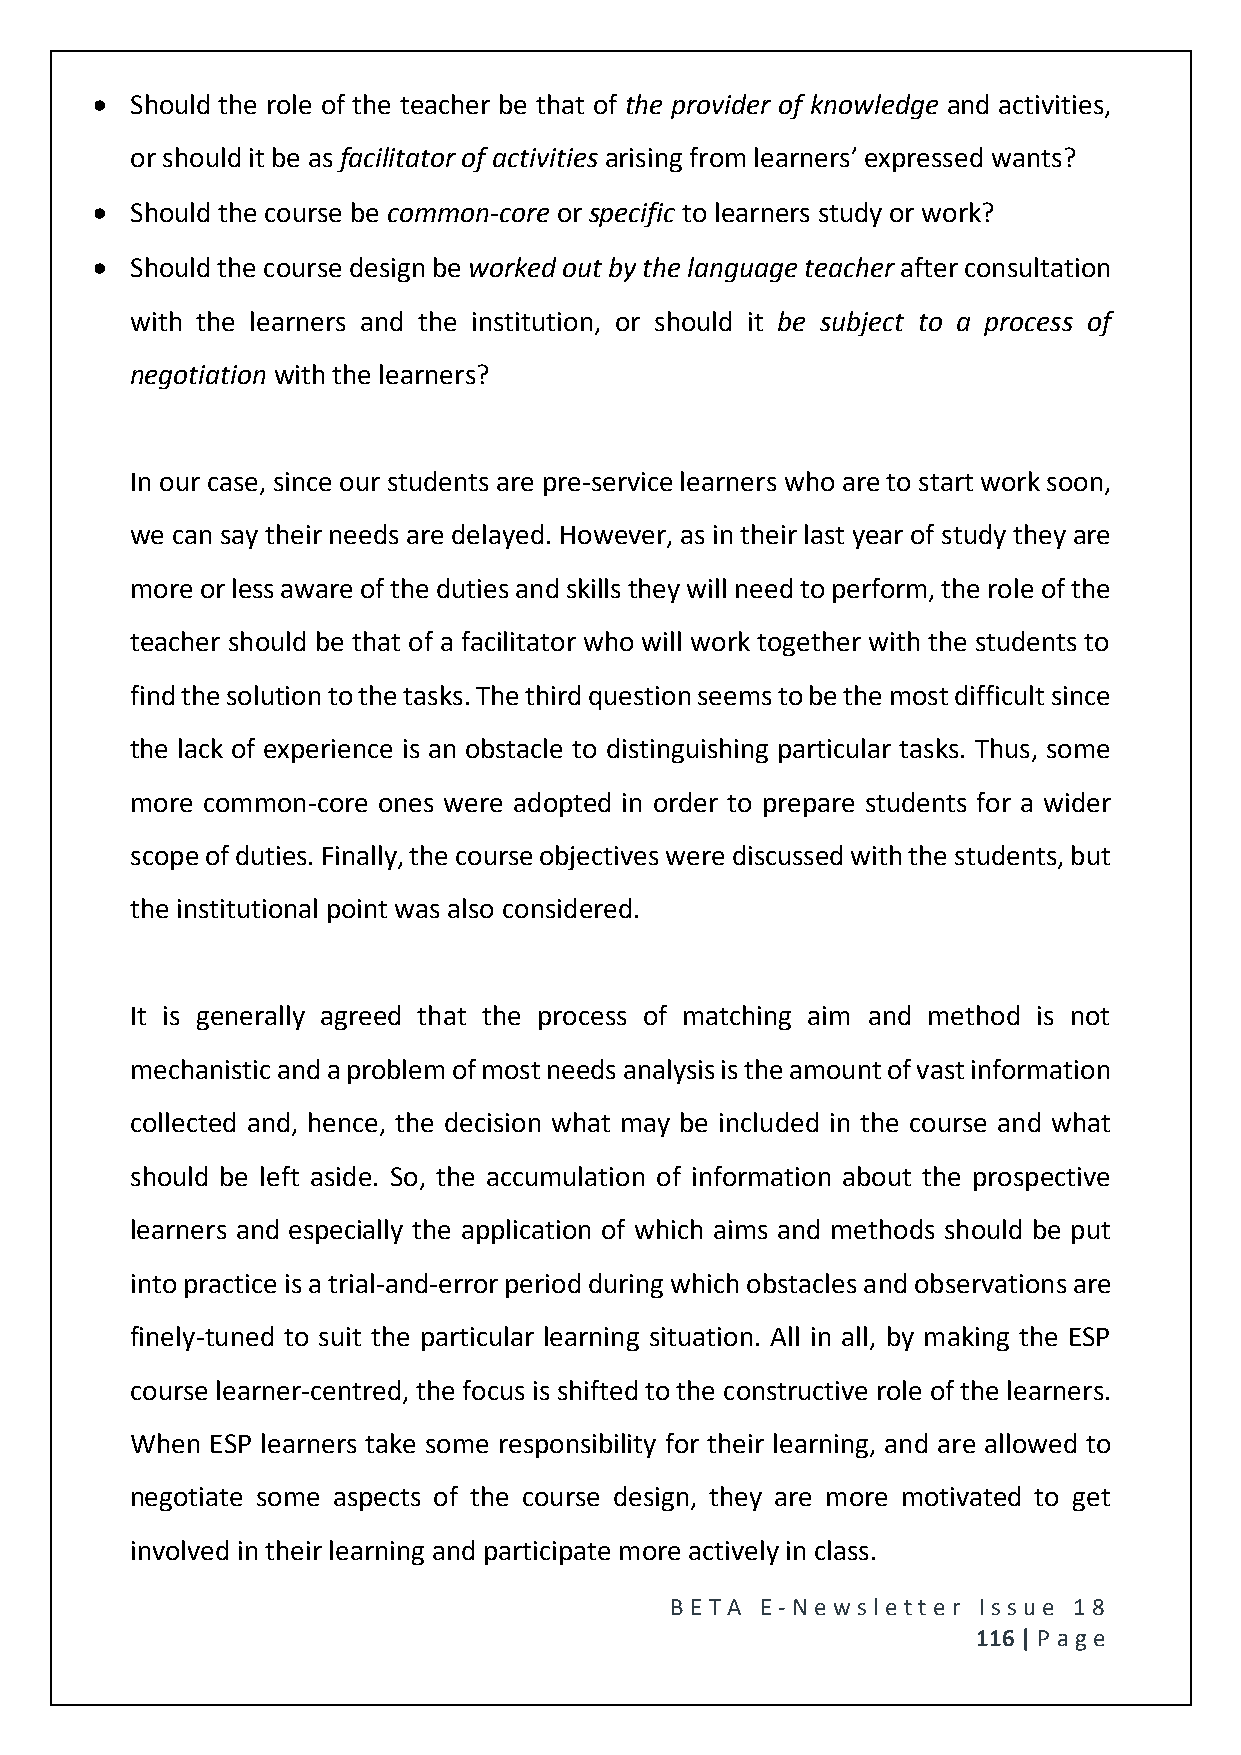
  Should the role of the teacher be that of the provider of knowledge and activities,
 or should it be as facilitator of activities arising from learners’ expressed wants?
   Should the course be common-core or specific to learners study or work?
   Should the course design be worked out by the language teacher after consultation
 with the learners and the institution, or should it be subject to a process of
 negotiation with the learners?
 In our case, since our students are pre-service learners who are to start work soon,
 we can say their needs are delayed. However, as in their last year of study they are
 more or less aware of the duties and skills they will need to perform, the role of the
 teacher should be that of a facilitator who will work together with the students to
 find the solution to the tasks. The third question seems to be the most difficult since
 the lack of experience is an obstacle to distinguishing particular tasks. Thus, some
 more common-core ones were adopted in order to prepare students for a wider
 scope of duties. Finally, the course objectives were discussed with the students, but
 the institutional point was also considered.
 It is generally agreed that the process of matching aim and method is not
 mechanistic and a problem of most needs analysis is the amount of vast information
 collected and, hence, the decision what may be included in the course and what
 should be left aside. So, the accumulation of information about the prospective
 learners and especially the application of which aims and methods should be put
 into practice is a trial-and-error period during which obstacles and observations are
 finely-tuned to suit the particular learning situation. All in all, by making the ESP
 course learner-centred, the focus is shifted to the constructive role of the learners.
 When ESP learners take some responsibility for their learning, and are allowed to
 negotiate some aspects of the course design, they are more motivated to get
 involved in their learning and participate more actively in class.
 BE T A E -N e wsle tt e r Issue 18
 116 | P age